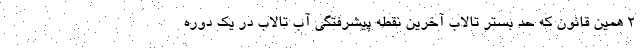
۲ همین قانون که حد بستر تالاب آخرین نقطه پیشرفتگی آب تالاب در یک دوره